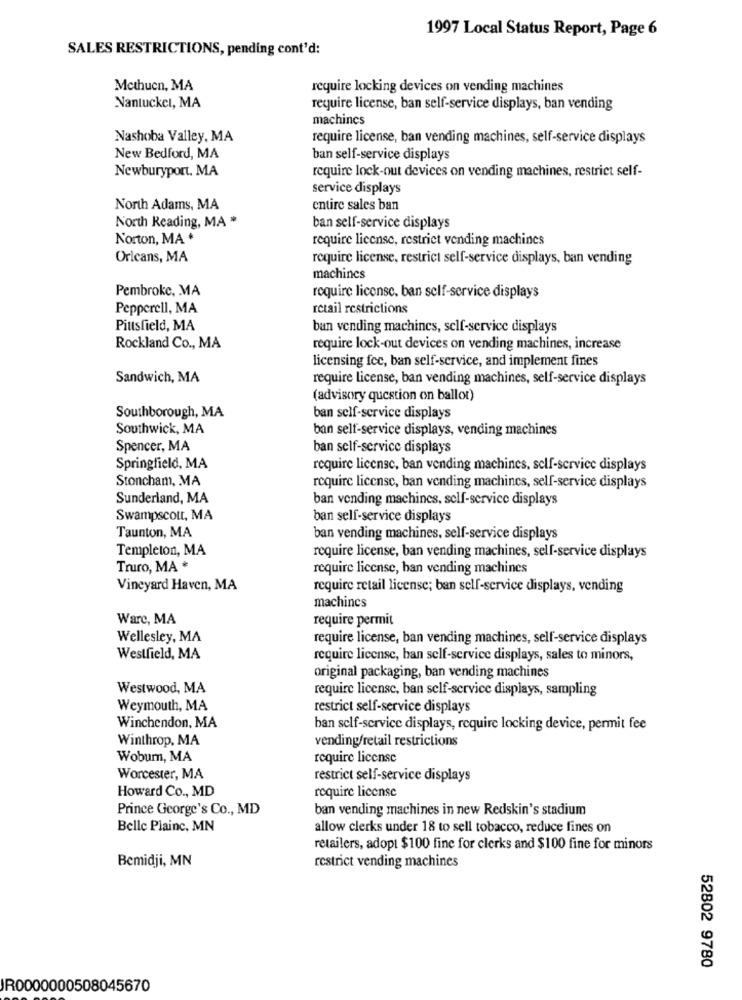
1997 Local Status Report, Page 6
SALES RESTRICTIONS, pending cont'd:
Methuen, MA
require locking devices on vending machines
Nantucket, MA
require license, ban self-service displays, ban vending
machines
Nashoba Valley, MA
require license, ban vending machines, self-service displays
New Bedford, MA
ban self-service displays
Newburyport. MA
require lock-out devices on vending machines, restrict self-
service displays
North Adams, MA
entire sales ban
North Reading, MA *
ban self-service displays
Norton, MA *
require license, restrict vending machines
Oricans, MA
require license, restrict self-service displays, ban vending
machines
Pembroke, MA
require license, ban self-service displays
Pepperell, MA
retail restrictions
Pittsfield, MA
ban vending machines, self-service displays
Rockland Co ., MA
require lock-out devices on vending machines, increase
licensing fec, ban self-service, and implement fines
Sandwich, MA
require license, ban vending machines, self-service displays
(advisory question on ballot)
Southborough, MA
ban self-service displays
Southwick, MA
ban self-service displays, vending machines
Spencer, MA
ban self-service displays
Springfield, MA
require license, ban vending machines, self-service displays
Stoncham, MA
require license, ban vending machines, self-service displays
Sunderland, MA
ban vending machines, self-service displays
Swampscott, MA
ban self-service displays
Taunton, MA
ban vending machines, self-service displays
Templeton, MA
require license, ban vending machines, self-service displays
Truro, MA *
require license, ban vending machines
Vineyard Haven, MA
require retail license; ban self-service displays, vending
machines
Ware, MA
require permit
Wellesley, MA
require license, ban vending machines, self-service displays
Westfield, MA
require license, ban self-service displays, sales to minors,
original packaging, ban vending machines
Westwood, MA
require license, ban self-service displays, sampling
Weymouth, MA
restrict self-service displays
Winchendon, MA
ban self-service displays, require locking device, permit fee
Winthrop, MA
vending/retail restrictions
Wobum, MA
require license
Worcester, MA
restrict self-service displays
Howard Co ., MD
require license
Prince George's Co ., MD
ban vending machines in new Redskin's stadium
Belle Plaine, MN
allow clerks under 18 to sell tobacco, reduce fines on
retailers, adopt $100 fine for clerks and $100 fine for minors
Bemidji, MN
restrict vending machines
52802 9780
JR0000000508045670